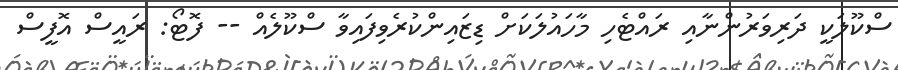
ސްކޫލަކީ ދަރިވަރުންނާއި ރައްޓެހި މާހައުލަކަށް ޑިޒައިންކުރެވިފައިވާ ސްކޫލެއް -- ފޮޓޯ: ރައީސް އޮފީސް